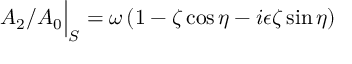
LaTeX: A _ { 2 } / A _ { 0 } \Big \vert _ { S } = \omega \, ( 1 - \zeta \cos { \eta } - i \epsilon \zeta \sin \eta )